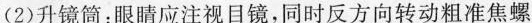
(2)升镜筒：眼睛应注视目镜，同时反方向转动粗准焦螺